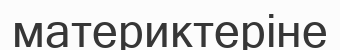
материктеріне